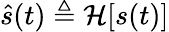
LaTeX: {\hat{s}}(t)\triangleq\operatorname{\mathcal{H}}[s(t)]